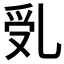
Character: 𠃶